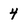
Character: 4